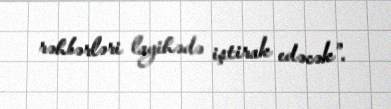
rəhbərləri layihədə iştirak edəcək”.